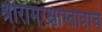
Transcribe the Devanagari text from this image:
श्रीरामरक्षास्तोत्राचे